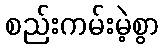
စည်းကမ်းမဲ့စွာ